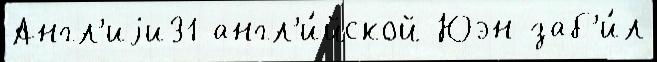
Англ'иjи31 англ'и́йской Юэн заб'и́л